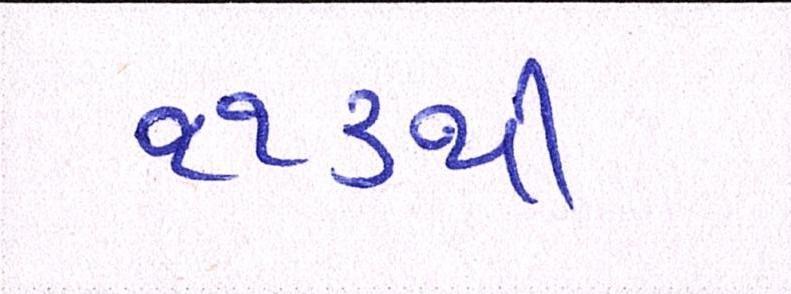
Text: ૧૧૩થી